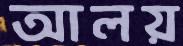
আলয়